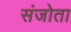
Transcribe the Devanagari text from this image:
संजोता